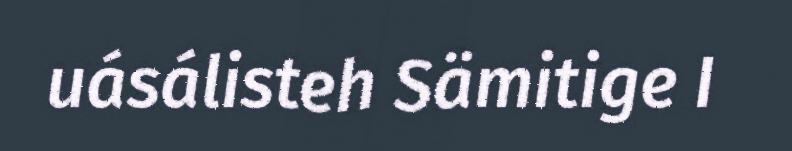
uásálisteh Sämitige I